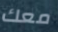
معك